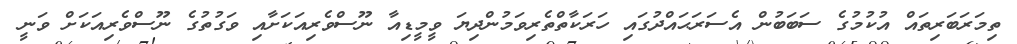
ތިމަރަބަރިތައް އުކުމުގެ ސަބަބުން އެސަރަޙައްދުގައި ހަރަކާތްތެރިވަމުންދިޔަ ވީމީޑިއާ ނޫސްވެރިއަކަށާއި ވަގުތުގެ ނޫސްވެރިއަކަށް ވަނީ